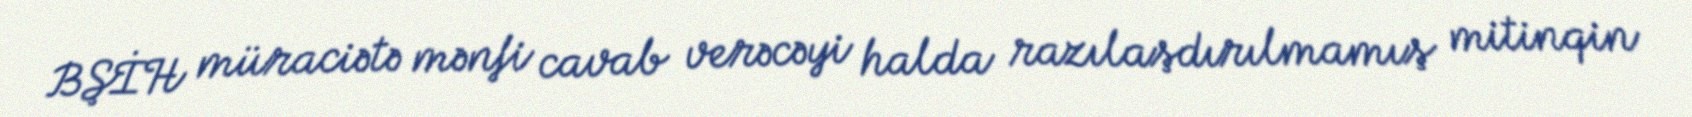
BŞİH müraciətə mənfi cavab verəcəyi halda razılaşdırılmamış mitinqin